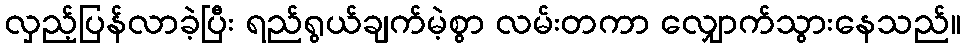
လှည့်ပြန်လာခဲ့ပြီး ရည်ရွယ်ချက်မဲ့စွာ လမ်းတကာ လျှောက်သွားနေသည်။